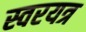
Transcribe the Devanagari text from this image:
स्वरयत्र